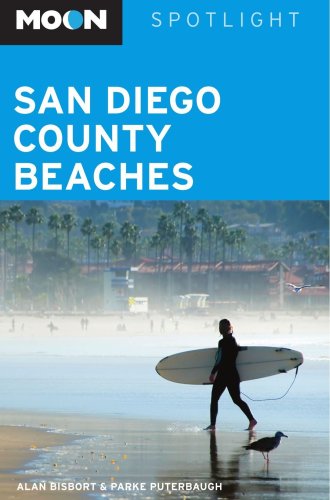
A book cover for Moon Spotlight San Diego County Beaches; Alan Bisbort; Travel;